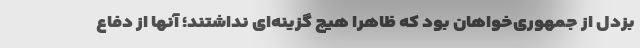
بزدل از جمهوری‌خواهان بود که ظاهرا هیچ گزینه‌ای نداشتند؛ آنها از دفاع